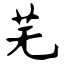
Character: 芜